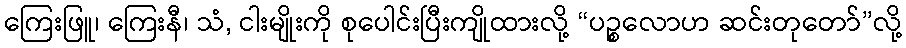
ကြေးဖြူ၊ ကြေးနီ၊ သံ, ငါးမျိုးကို စုပေါင်းပြီးကျိုထားလို့ “ပဉ္စလောဟ ဆင်းတုတော်”လို့